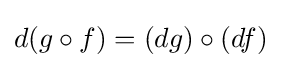
d(g\circ f)=(dg)\circ (df)